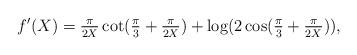
LaTeX: \begin{align*} f'(X) = \tfrac{\pi}{2X} \cot(\tfrac{\pi}{3} + \tfrac{\pi}{2X}) + \log(2 \cos(\tfrac{\pi}{3} + \tfrac{\pi}{2X})),\end{align*}